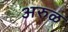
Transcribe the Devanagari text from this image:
अरुळ